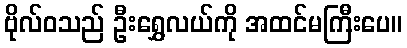
ဗိုလ်ဝသည် ဦးရွှေလယ်ကို အထင်မကြီးပေ။